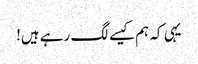
یہی کہ ہم کیسے لگ رہے ہیں!